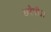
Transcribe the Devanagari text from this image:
छरैगी।।